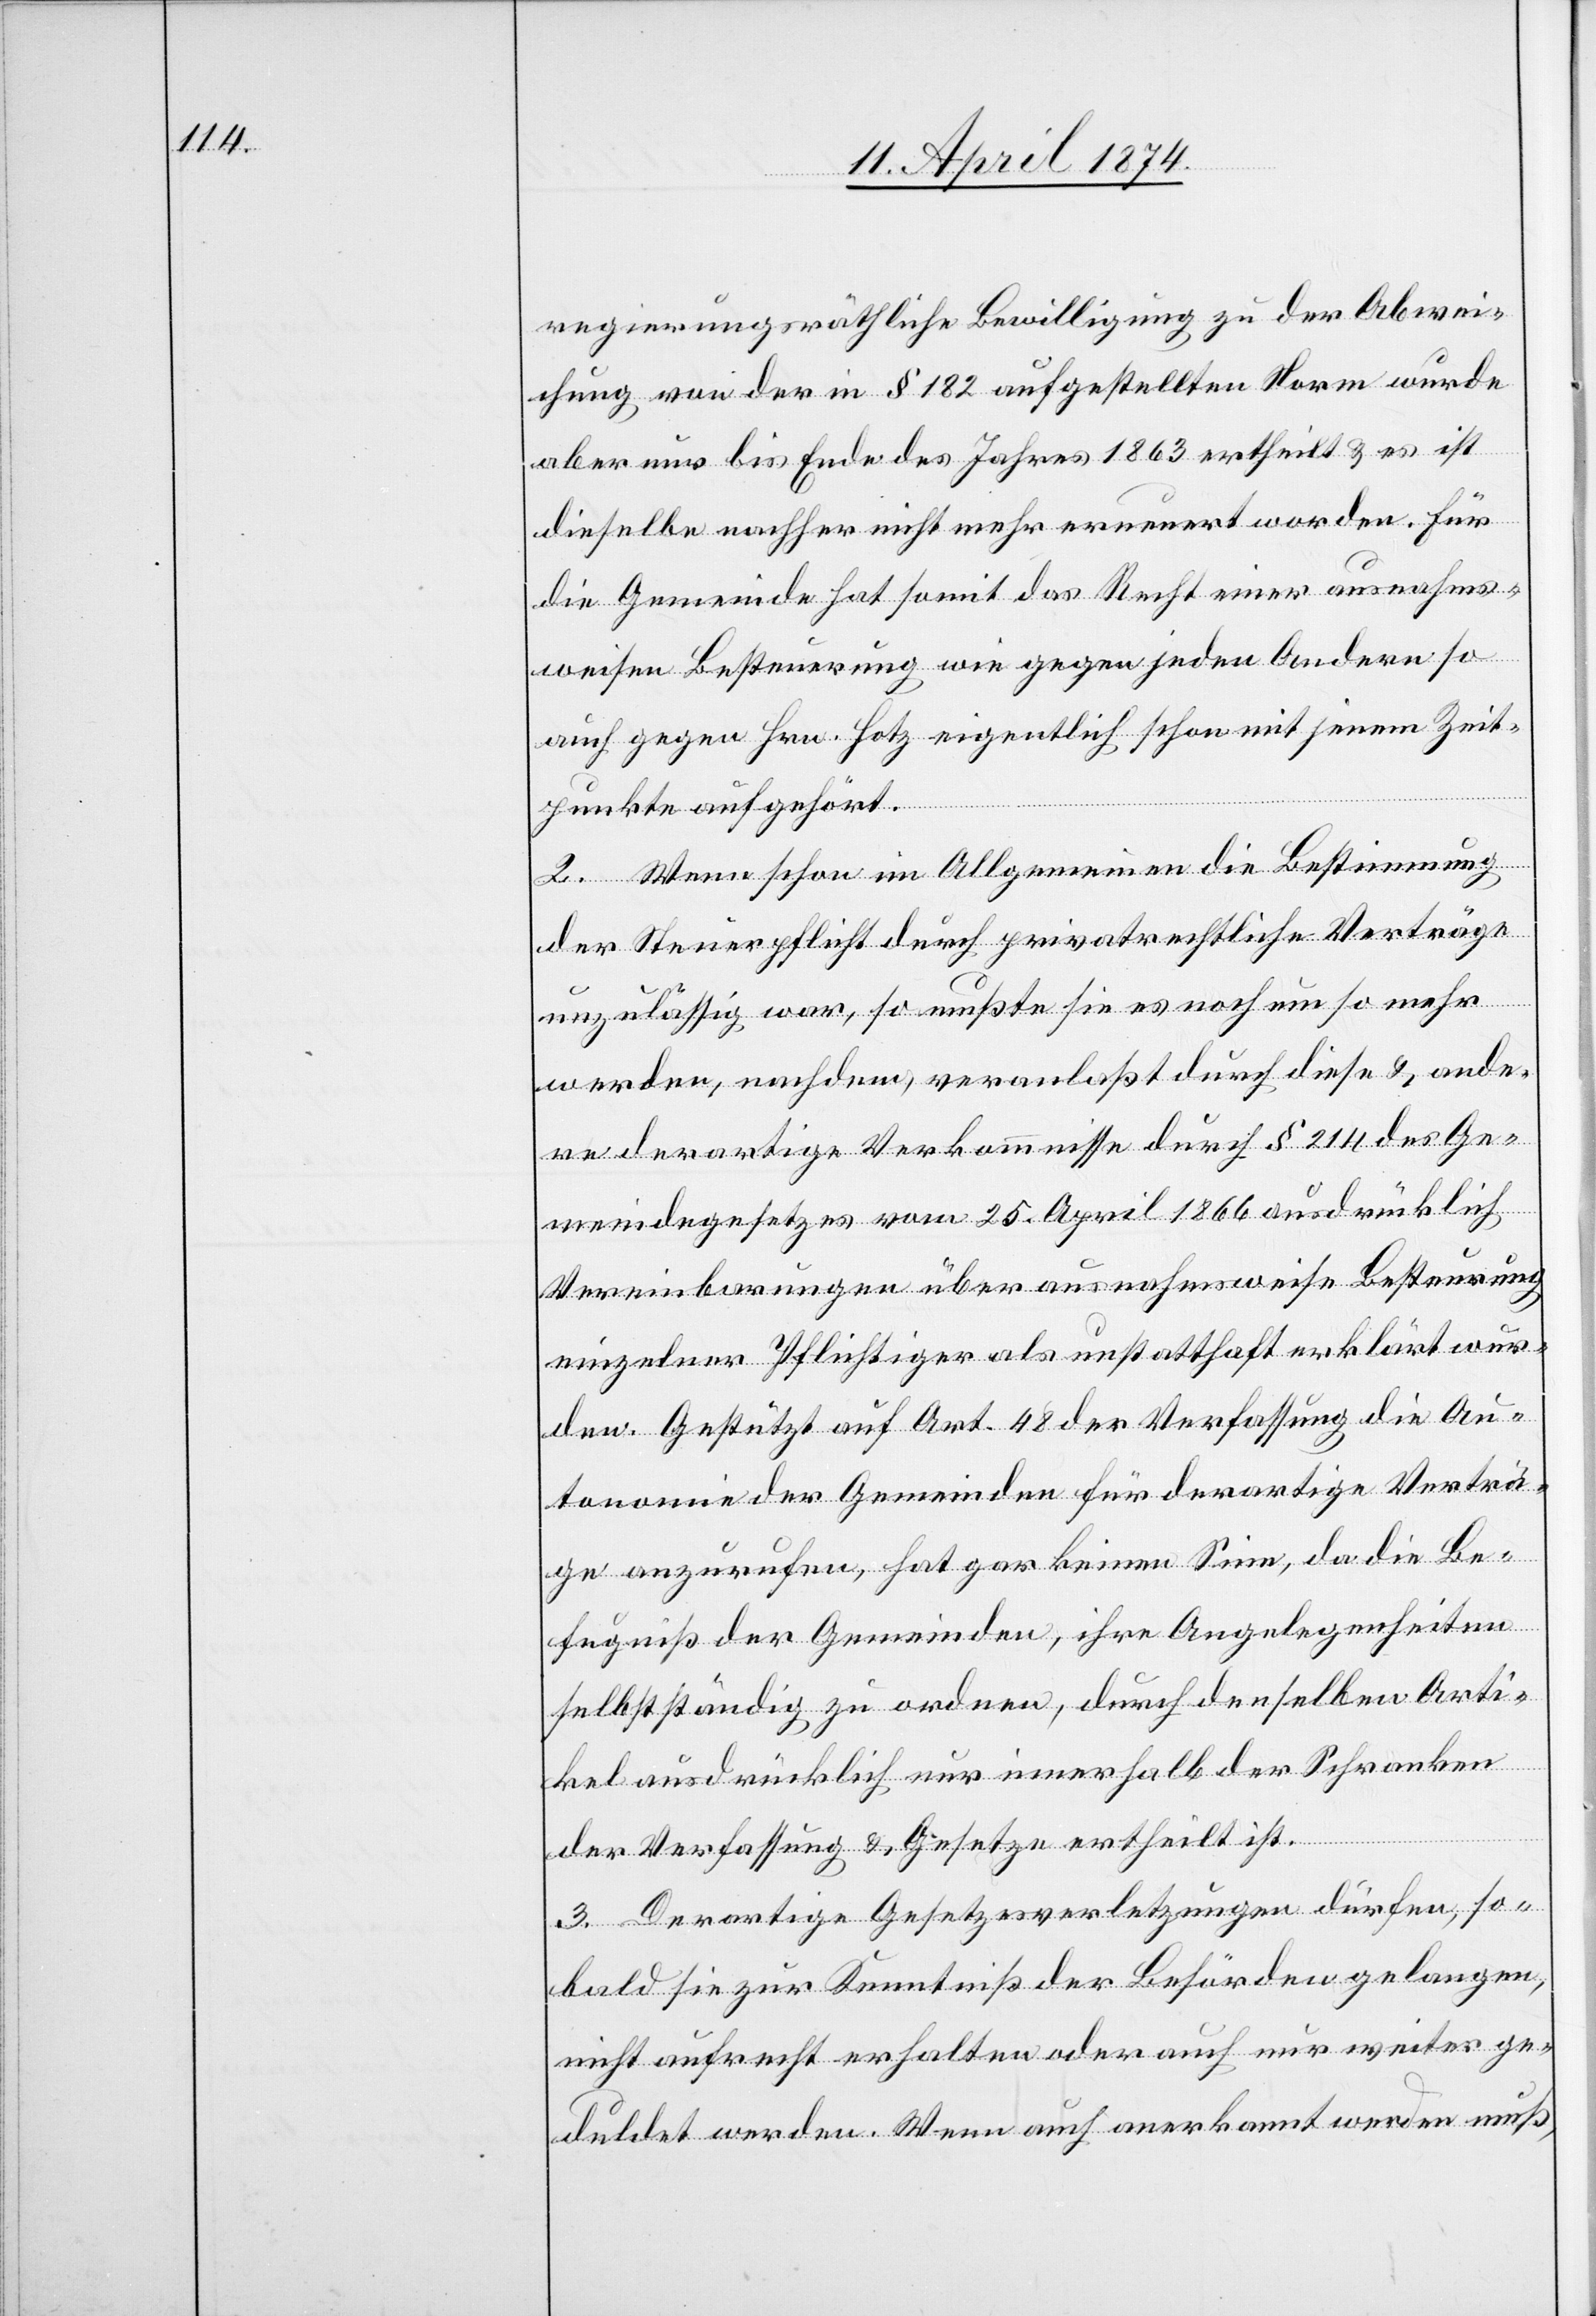
regierungsräthliche Bewilligung zu der Abwei¬
chung von der in § 182 aufgestellten Norm wurde
aber nur bis Ende des Jahres 1863 ertheilt u. es ist
dieselbe nachher nicht mehr erneuert worden. Für
die Gemeinde hat somit das Recht einer ausnahms¬
weisen Besteuerung wie gegen jeden Andern so
auch gegen Hrn. Hotz eigentlich schon mit jenem Zeit¬
punkte aufgehört.
2. Wenn schon im Allgemeinen die Bestimmung
der Steuerpflicht durch privatrechtliche Verträge
unzulässig war, so mußte sie es noch um so mehr
werden, nachdem veranlaßt durch diese u. ande¬
re derartige Vorkommnisse durch § 214 des Ge¬
meindegesetzes vom 25. April 1866 ausdrücklich
Vereinbarungen über ausnahmsweise Besteurung
einzelner Pflichtiger als unstatthaft erklärt wur¬
den. Gestützt auf Art. 48 der Verfassung die Au¬
tonomie der Gemeinden für derartige Verträ¬
ge anzurufen, hat gar keinen Sinn, da die Be¬
fugniß der Gemeinden, ihre Angelegenheiten
selbstständig zu ordnen, durch denselben Arti¬
kel ausdrücklich nur innerhalb der Schranken
der Verfassung u. Gesetze ertheilt ist.
3. Derartige Gesetzesverletzungen dürfen, so¬
bald sie zur Kenntniß der Behörden gelangen,
nicht aufrecht erhalten oder auch nur weiter ge¬
duldet werden. Wenn auch anerkannt werden muß